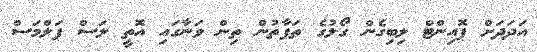
އަދަދަށް ޕޮއިންޓް ލިބިގެން ގޯލުގެ ތަފާތުން ތިން ވަނާގައި އޮތީ ލަސް ޕަލްމަސް